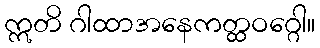
ဣတိ ဂါထာအနေကတ္ထဝဂ္ဂေါ။